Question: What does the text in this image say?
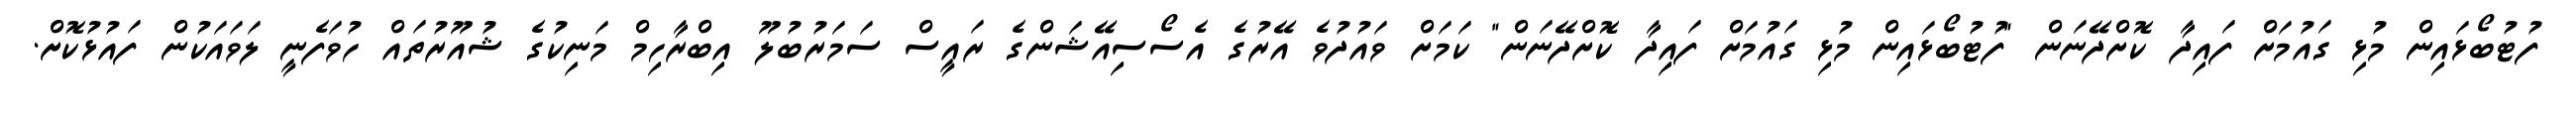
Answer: ފުޓުބޯޅައިން މުޅި ގައުމަށް ފައިދާ ކޮށްދޭނަން "ފުޓުބޯޅައިން މުޅި ގައުމަށް ފައިދާ ކޮށްދޭނަން" ކަމަށް ވައުދުވެ އޭރުގެ އެސޯސިއޭޝަންގެ ރައީސް ސަމަރުބުލޫ އިބްރާހިމް މަނިކުގެ ޝުއޫރުތައް ހުވަފެނީ ލަވައަކުން ފައުޅުކޮށް.